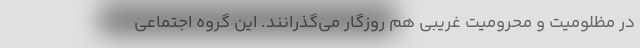
در مظلومیت و محرومیت غریبی هم روزگار می‌گذرانند. این گروه اجتماعی